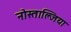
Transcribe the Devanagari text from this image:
नोस्ताल्जिया